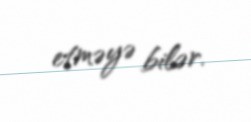
etməyə bilər.